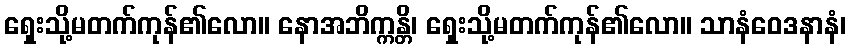
ရှေးသို့မတက်ကုန်၏လော။ နောအဘိက္ကန္တိ၊ ရှေးသို့မတက်ကုန်၏လော။ သာနံဝေဒနာနံ၊